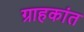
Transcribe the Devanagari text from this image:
ग्राहकांत